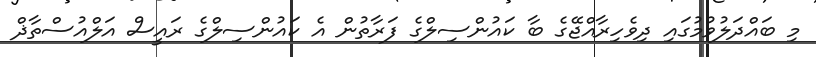
މި ބައްދަލުވުމުގައި ދިވެހިރާއްޖޭގެ ބާ ކައުންސިލްގެ ފަރާތުން އެ ކައުންސިލްގެ ރައީސް އަލްއުސްތާޛް